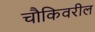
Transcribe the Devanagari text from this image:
चौकिवरील